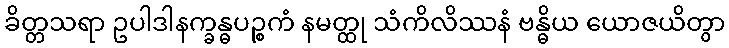
ခိတ္တသရာ ဥပါဒါနက္ခန္ဓပဉ္စကံ နမတ္ထု သံကိလိဿနံ ဗန္ဓိယ ယောဇယိတွာ